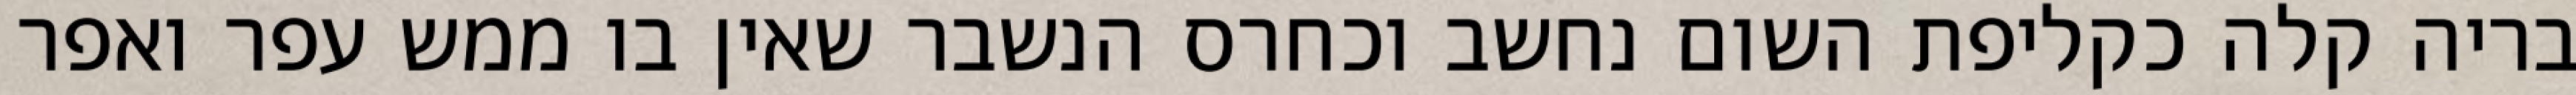
בריה קלה כקליפת השום נחשב וכחרס הנשבר שאין בו ממש עפר ואפר